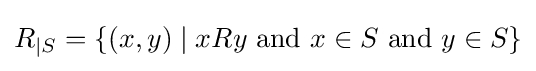
R_{\vert S}=\{(x,y)\mid xRy{\text{ and }}x\in S{\text{ and }}y\in S\}